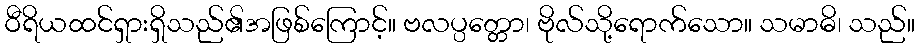
ဝီရိယထင်ရှားရှိသည်၏အဖြစ်ကြောင့်။ ဗလပ္ပတ္တော၊ ဗိုလ်သို့ရောက်သော။ သမာဓိ၊ သည်။